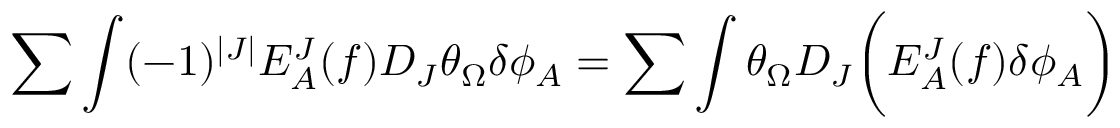
\sum \int ( - 1 ) ^ { | J | } E _ { A } ^ { J } ( f ) D _ { J } \theta _ { \Omega } \delta \phi _ { A } = \sum \int \theta _ { \Omega } D _ { J } \biggl ( E _ { A } ^ { J } ( f ) \delta \phi _ { A } \biggr )